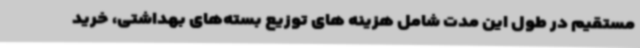
مستقیم در طول این مدت شامل هزینه های توزیع بسته‌های بهداشتی، خرید